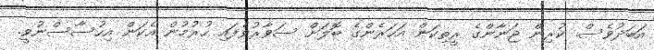
އަބަދުވެސް. ކުރިން ޖަނާންގެ ރީތިކަން އަހަރެންގެ ބޮލަށް ސަވާރުވެފައި ހުރުމުން އެކަން އިހުސާސްނުވީ.